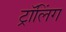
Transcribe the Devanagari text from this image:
ट्रॉलिंग